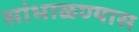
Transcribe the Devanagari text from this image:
सांभाळण्‍यास